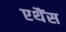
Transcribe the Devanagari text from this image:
एथैंस